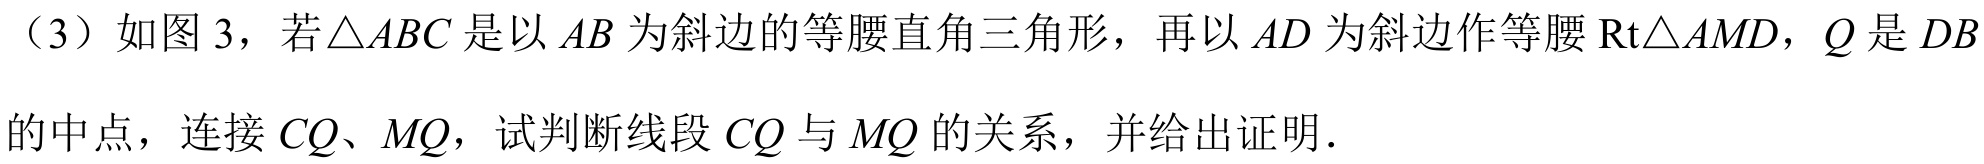
（3）如图 3，若\(\triangle ABC\)是以\(AB\)为斜边的等腰直角三角形，再以\(AD\)为斜边作等腰\(\text{Rt}\triangle AMD\)，\(Q\)是\(DB\)的中点，连接\(CQ\)、\(MQ\)，试判断线段\(CQ\)与\(MQ\)的关系，并给出证明.